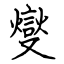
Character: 燮